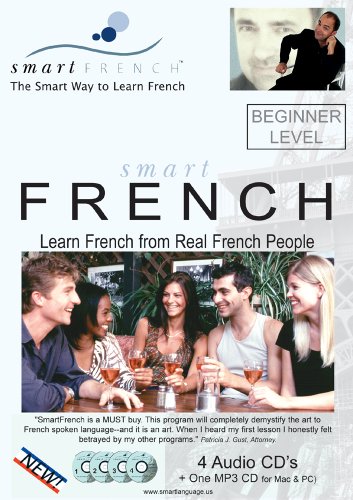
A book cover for SmartFrench: Beginner Level - Learn French from Real French People; Christian Aubert; Engineering & Transportation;